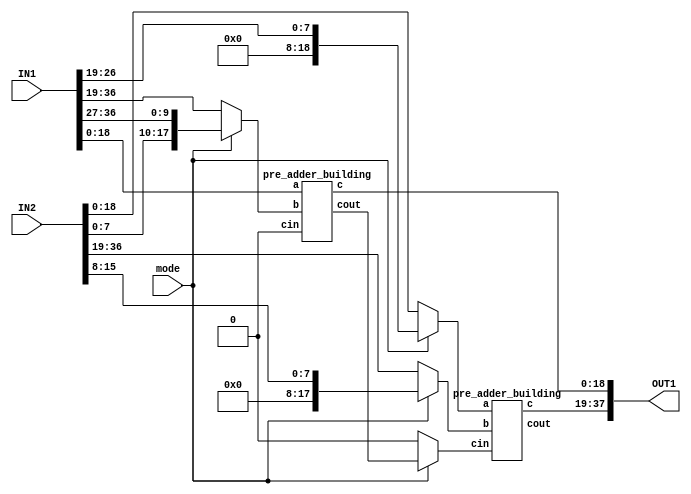
module pre_adder_combined(
	input [36:0] IN1,
	input [36:0] IN2,
	output [37:0] OUT1,
	input mode
);

reg [ 18 :0] add1_a;
reg [ 17 :0] add1_b;
reg [18:0]add2_a;
reg [17:0]add2_b;
wire [18:0]add1_c;
wire [18:0]add2_c;

always @(*) begin
if ( mode == 1'b0 ) begin
	add1_a = IN1[18:0]; //ay 19bit
	add1_b = IN1[36:19]; //az 18bit
	add2_a = IN2[18:0]; //by 19bit
	add2_b = IN2[36:19]; //bz 18bit
	end
else begin
	add1_a=IN1[18:0]; //ay first 19 bits
	add1_b={ IN2[7:0], IN1[36:27]}; //az first 19 bits
	
	add2_a= {10'b0, IN1[26:19]}; //ay last 8 bits
	add2_b= {10'b0, IN2[15:8]}; //az last 8 bits
	end
end

wire carry;
wire cout_1;

pre_adder_building u_add1(.a(add1_a), .b(add1_b), .cin(1'b0), .c(add1_c), .cout(cout_1));
assign carry = mode ? cout_1: 1'b0;
pre_adder_building u_add2(.a(add2_a), .b(add2_b), .cin(carry), .c(add2_c), .cout());

assign OUT1 = {add2_c, add1_c};

endmodule

module pre_adder_building(
	input [18:0] a,
	input [17:0] b,
	input cin,
	output [18:0] c,
	output cout
	);
assign {cout, c} = a + b + cin;
endmodule